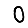
Digit: 0